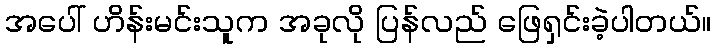
အပေါ် ဟိန်းမင်းသူက အခုလို ပြန်လည် ဖြေရှင်းခဲ့ပါတယ်။